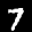
Label: 7